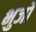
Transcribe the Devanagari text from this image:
भुजों